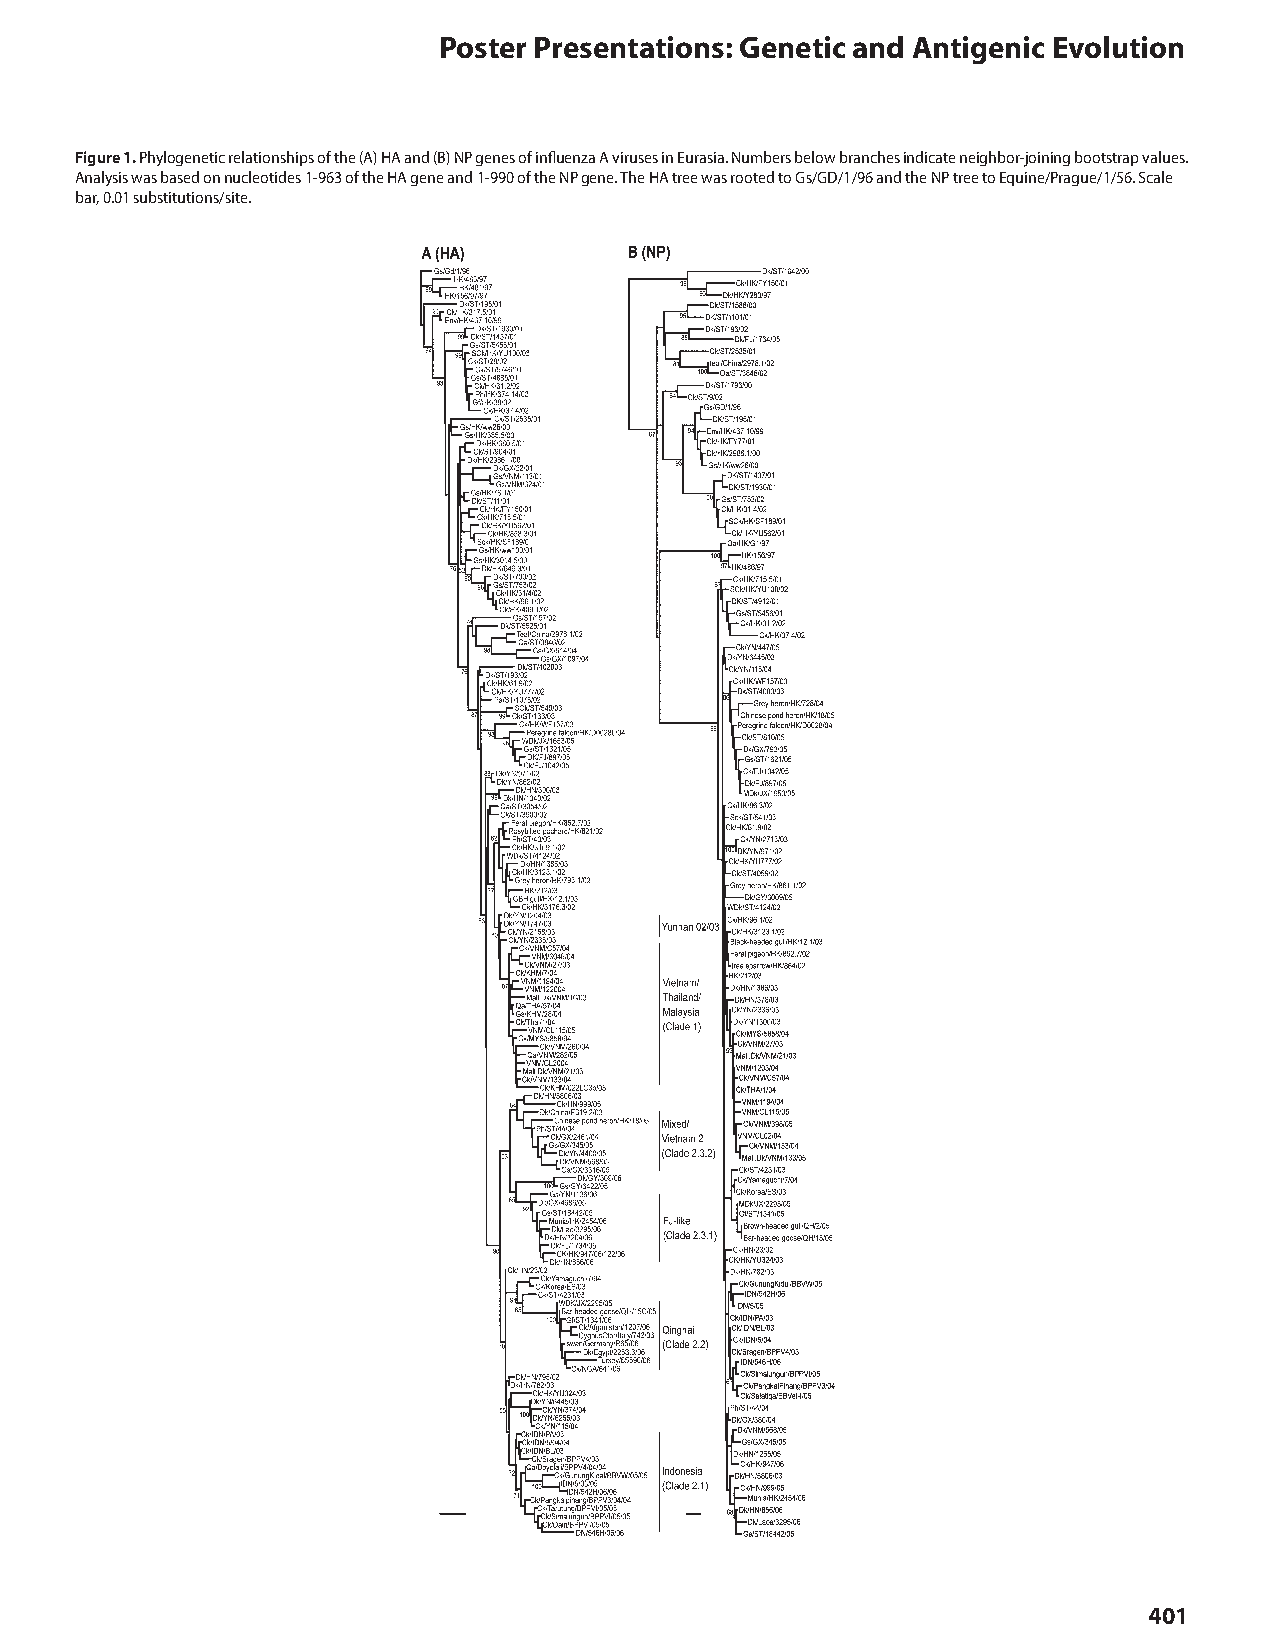
Poster Presentations: Genetic and Antigenic Evolution
 Figure 1. Phylogenetic relationships of the (A) HA and (B) NP genes of influenza A viruses in Eurasia. Numbers below branches indicate neighbor-joining bootstrap values.
 Analysis was based on nucleotides 1-963 of the HA gene and 1-990 of the NP gene. The HA tree was rooted to Gs/GD/1/96 and the NP tree to Equine/Prague/1/56. Scale
 bar, 0.01 substitutions/site.
 401